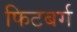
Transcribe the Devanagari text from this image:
फिटबर्ग